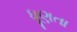
ધૂણતા